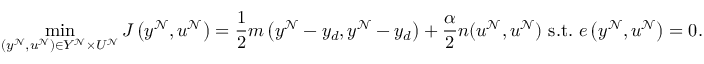
\operatorname* { m i n } _ { \left( y ^ { \mathcal { N } } , u ^ { \mathcal { N } } \right) \in Y ^ { \mathcal { N } } \times U ^ { \mathcal { N } } } J \left( y ^ { \mathcal { N } } , u ^ { \mathcal { N } } \right) = \frac { 1 } { 2 } m \left( y ^ { \mathcal { N } } - y _ { d } , y ^ { \mathcal { N } } - y _ { d } \right) + \frac { \alpha } { 2 } n ( u ^ { \mathcal { N } } , u ^ { \mathcal { N } } ) \mathrm { ~ s . t . ~ } e \left( y ^ { \mathcal { N } } , u ^ { \mathcal { N } } \right) = 0 .